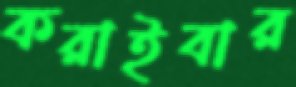
করাইবার